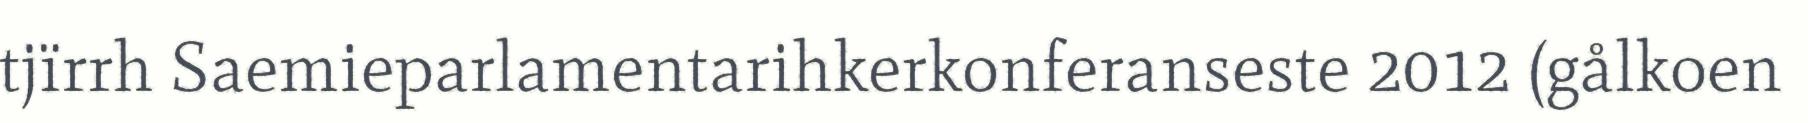
tjïrrh Saemieparlamentarihkerkonferanseste 2012 (gålkoen